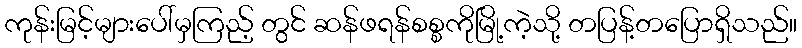
ကုန်းမြင့်များပေါ်မှကြည့် တွင် ဆန်ဖရန်စစ္စကိုမြို့ကဲ့သို့ တပြန့်တပြောရှိသည်။